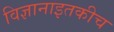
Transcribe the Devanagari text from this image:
विज्ञानाइतकीच